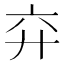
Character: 𢌸